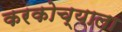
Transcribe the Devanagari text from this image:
करकोच्याला